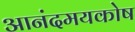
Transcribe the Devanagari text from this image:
आनंदमयकोष